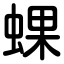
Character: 蜾